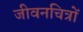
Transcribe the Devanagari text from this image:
जीवनचित्रों